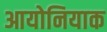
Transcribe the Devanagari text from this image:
आयोनियाक